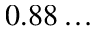
0 . 8 8 \dots